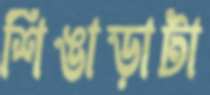
শিঙাড়াটা